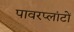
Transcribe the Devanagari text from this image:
पावरप्लांटों